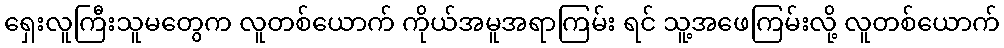
ရှေးလူကြီးသူမတွေက လူတစ်ယောက် ကိုယ်အမူအရာကြမ်း ရင် သူ့အဖေကြမ်းလို့ လူတစ်ယောက်